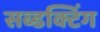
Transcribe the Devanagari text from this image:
सब्डक्टिंग